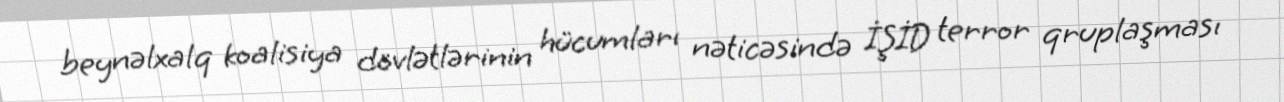
beynəlxalq koalisiya dövlətlərinin hücumları nəticəsində İŞİD terror qruplaşması